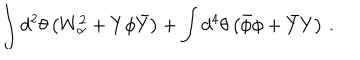
\int d ^ { 2 } \theta \left( W _ { \alpha } ^ { 2 } + Y \phi \bar { Y } \right) + \int d ^ { 4 } \theta \left( \bar { \phi } \phi + \bar { Y } Y \right) \, .